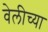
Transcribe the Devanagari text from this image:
वेलीच्या